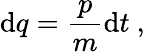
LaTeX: \mathrm{d}q=\frac{p}{m}\mathrm{d}t\mathrm{~,~}